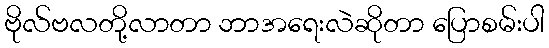
ဗိုလ်ဗလတို့လာတာ ဘာအရေးလဲဆိုတာ ပြောစမ်းပါ